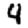
Digit: 4